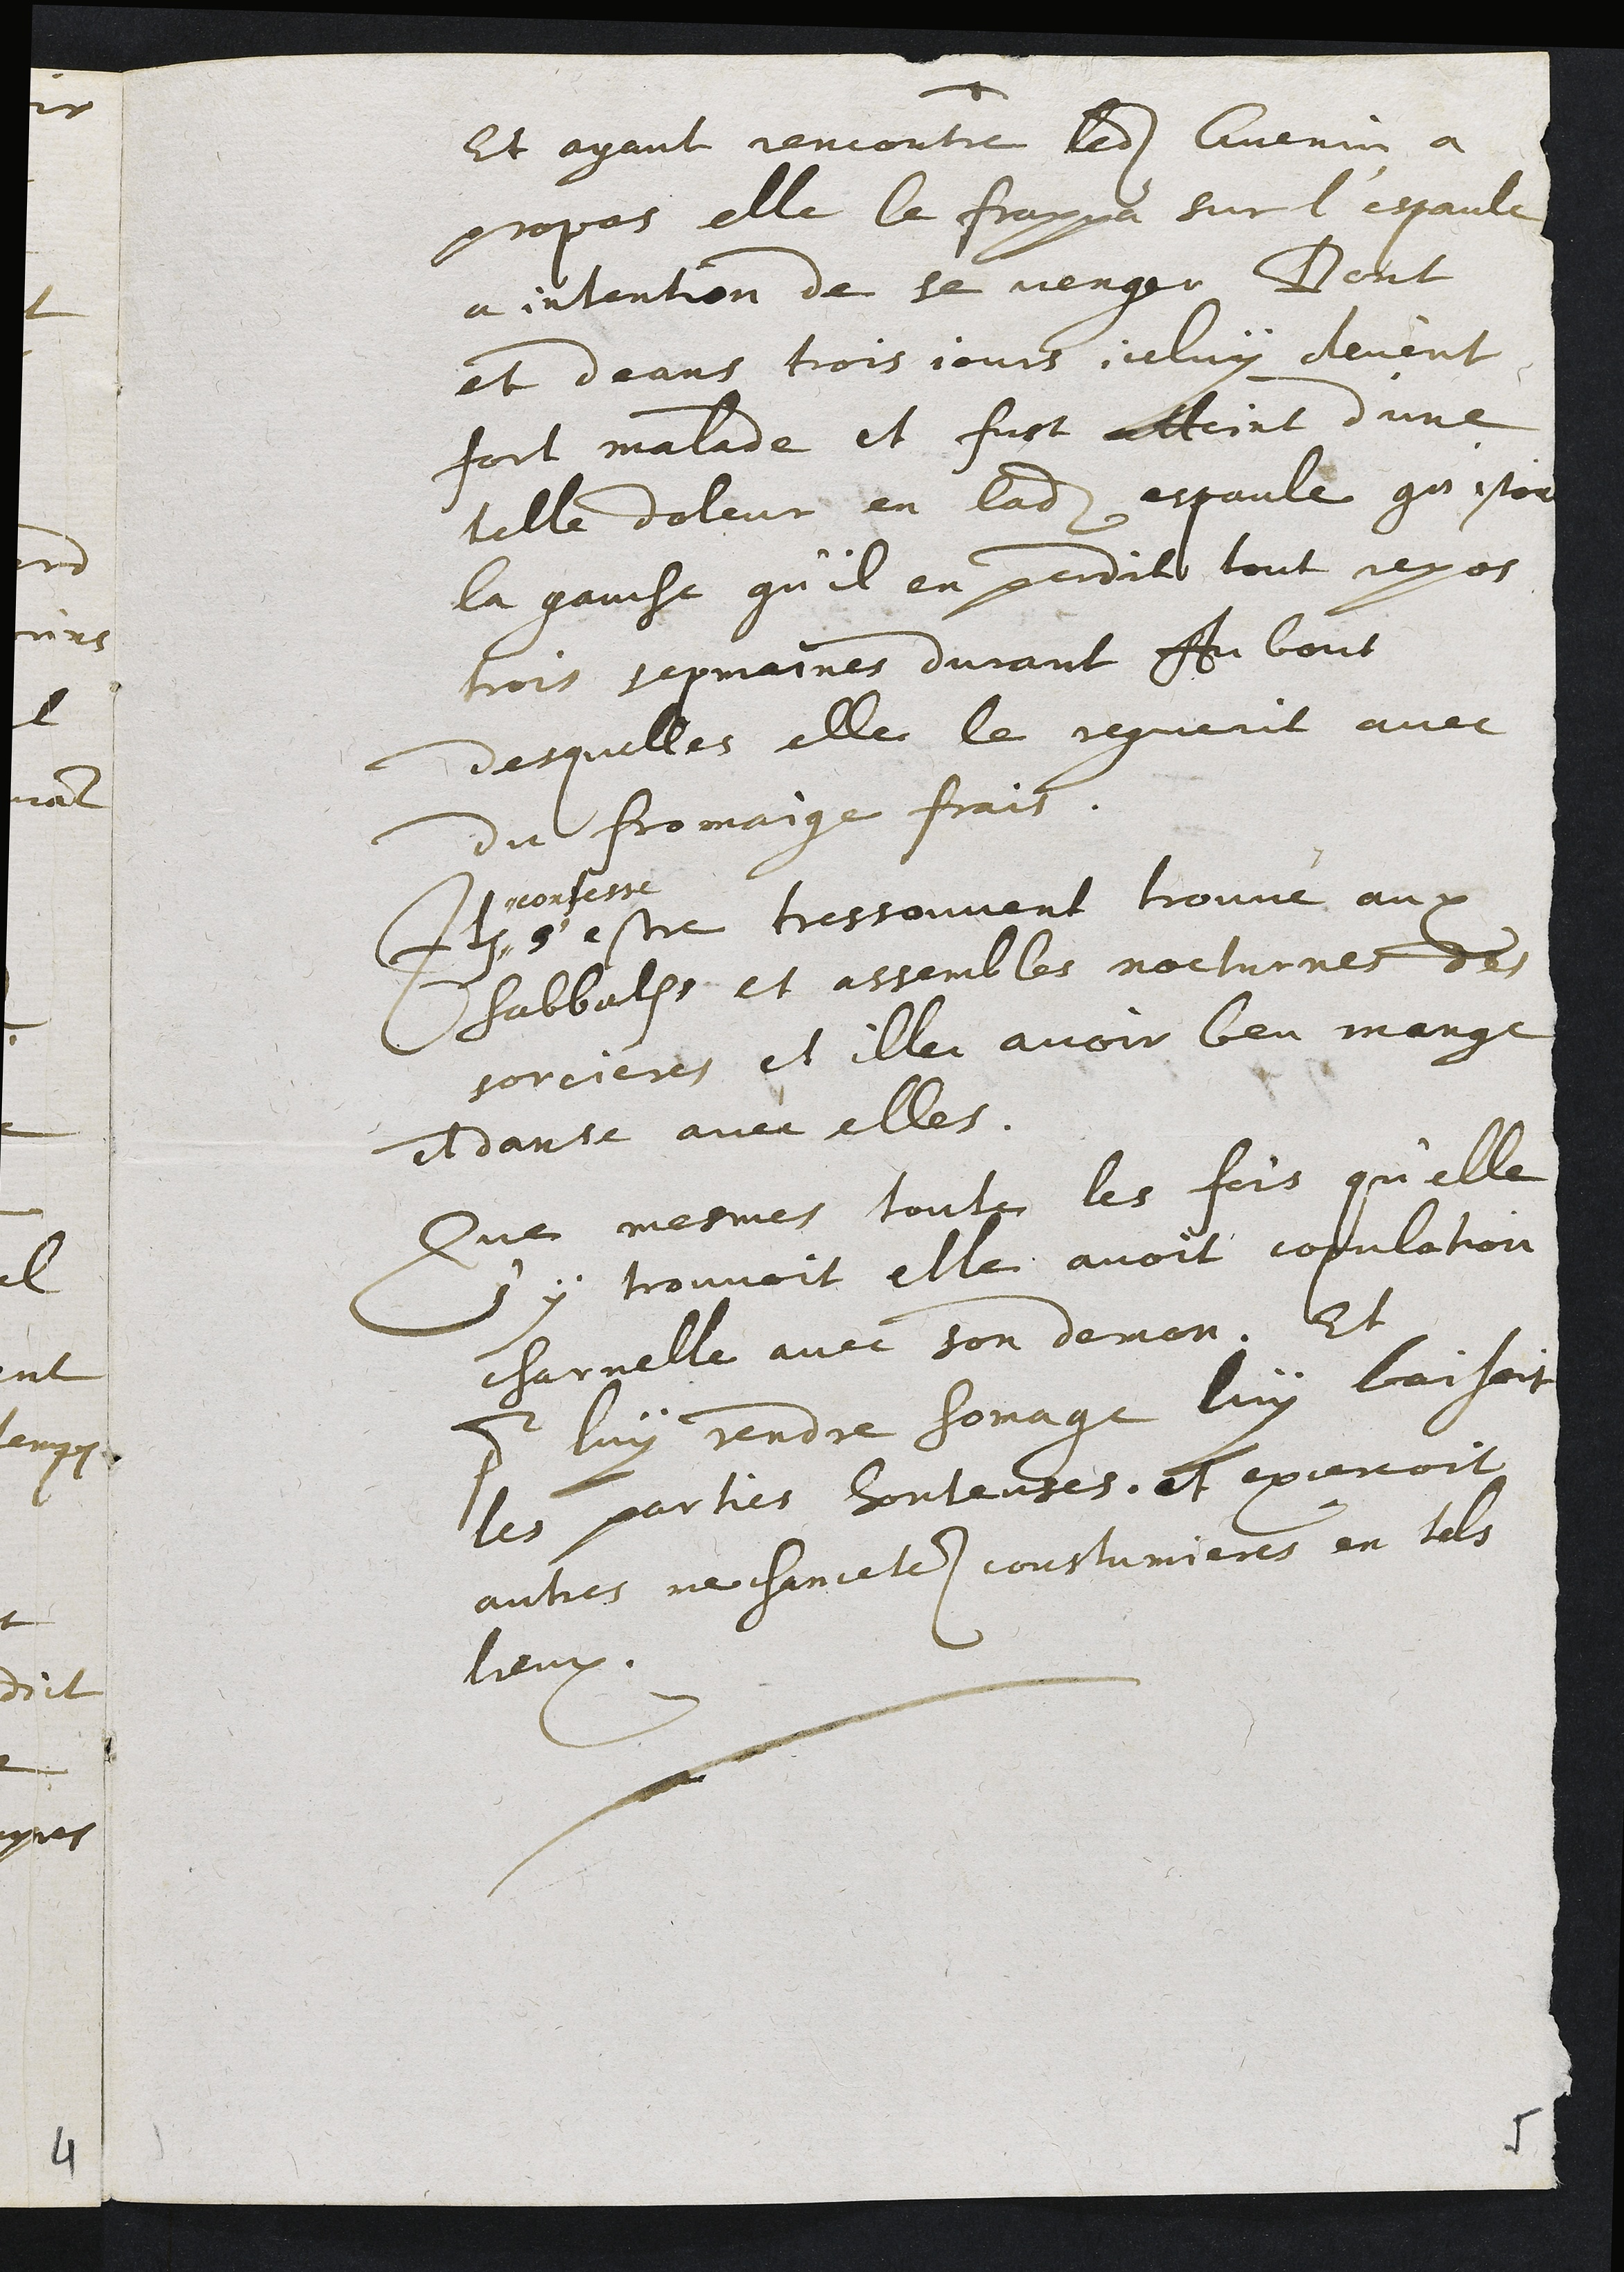
Et ayant rencontre ledit Guenin a
propas elle le frappa sur l'espaule
a intention de se venger Dont
et deans trois jours celuy devent
fort malade et fust atteint d'une
telle doleur en ladite espaule qu'estoit
la gauche qu'il en perdite tout repos
trois sepmaines durant Au bout
desquelles elle le reguerit avec
du fromaige frais.
+
Inconfessé
6 estre tressouvent trouvé aux
sabbath et assembles nocturnes des
sorcieres et ille avoir beu mangé
et danse avec elles.
Que mesmes toute les fois qu'elle
s y trouvoit elle avoit copulation
charnelle avec son deman. Et
pour luy rendre honage luy baisoit
les parties hontenses. et excenoit
autres ne chamectes coustumieres en tals
lieux.